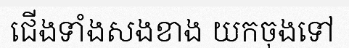
ជើងទាំងសងខាង យកចុងទៅ